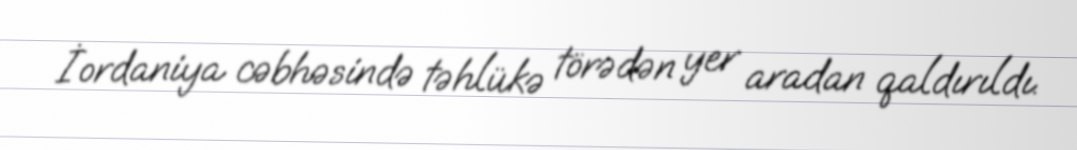
İordaniya cəbhəsində təhlükə törədən yer aradan qaldırıldı.